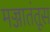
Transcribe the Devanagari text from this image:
मज्जातंतूस